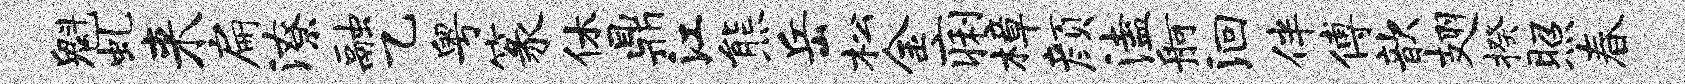
魁虬来扁潦融乙粤篆休鼎江熊岳松金痢樟颜溘舸洄伴傅歆翅揆照春